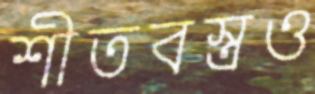
শীতবস্ত্রও